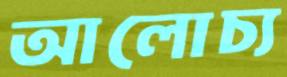
আলোচ্য